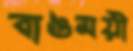
বাঙময়ী